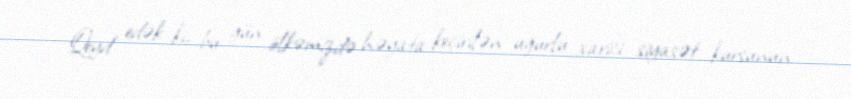
Qeyd edək ki, bu gün ölkəmizdə həyata keçirilən uğurlu xarici siyasət kursunun